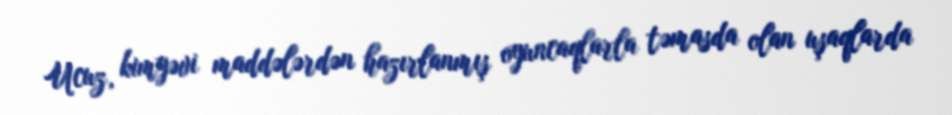
Ucuz, kimyəvi maddələrdən hazırlanmış oyuncaqlarla təmasda olan uşaqlarda